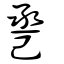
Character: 卺